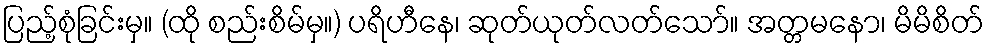
ပြည့်စုံခြင်းမှ။ (ထို စည်းစိမ်မှ။) ပရိဟီနေ၊ ဆုတ်ယုတ်လတ်သော်။ အတ္တမနော၊ မိမိစိတ်